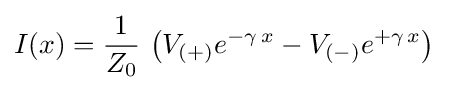
I(x)={\frac {1}{Z_{0}}}\,\left(V_{(+)}e^{-\gamma \,x}-V_{(-)}e^{+\gamma \,x}\right)~